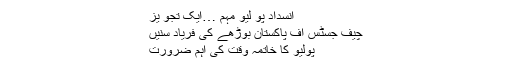
انسداد پو لیو مہم …ایک تجو یز
چیف جسٹس آف پاکستان بوڑھے کی فریاد سنیں
پولیو کا خاتمہ وقت کی اہم ضرورت